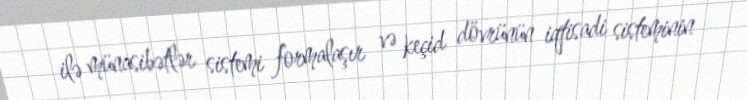
ilə münasibətlər sistemi formalaşır və keçid dövrünün iqtisadi sisteminin